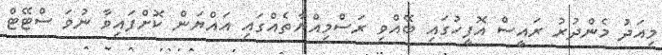
މިއަދު މެންދުރު ރައީސް އޮފީހުގައި ބޭއްވި ރަސްމިއްޔާތެއްގައި އައްޔަން ކޮށްފައިވާ ނުވަ ސްޓޭޓް